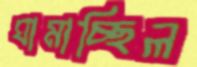
ঘামাচ্ছিল